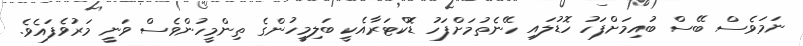
ނަމަވެސް ބޭސް ބުއިމަށްފަހު ހޮޑުލައި ހޭނެތުމަށްފަހު ޑޮކްޓަރާއެކީ ބަލިމީހުންގެ ތިންމީހުންވެސް ވަނީ މަރުވެފައެވެ.